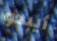
أيبدو